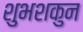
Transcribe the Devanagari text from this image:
शुभशकुन